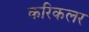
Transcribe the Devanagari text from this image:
करिकलर